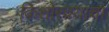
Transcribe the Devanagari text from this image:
किशोरवयाचा